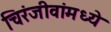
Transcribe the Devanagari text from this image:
चिरंजीवांमध्ये